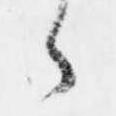
々